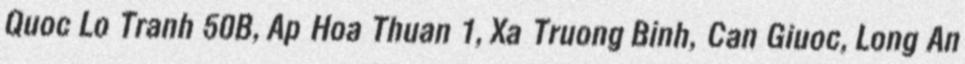
Quoc Lo Tranh 50B, Ap Hoa Thuan 1, Xa Truong Binh, Can Giuoc, Long An